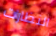
النظارات